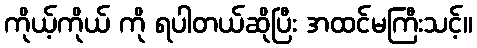
ကိုယ့်ကိုယ် ကို ရပါတယ်ဆိုပြီး အထင်မကြီးသင့်။